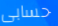
حسابى